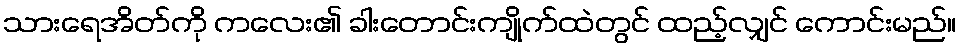
သားရေအိတ်ကို ကလေး၏ ခါးတောင်းကျိုက်ထဲတွင် ထည့်လျှင် ကောင်းမည်။